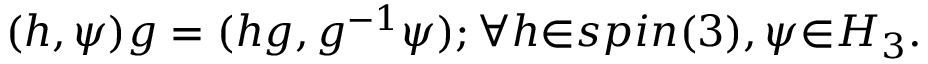
( h , \psi ) g = ( h g , g ^ { - 1 } \psi ) ; { \forall } h { \in } s p i n ( 3 ) , \psi { \in } { \cal H } _ { 3 } .